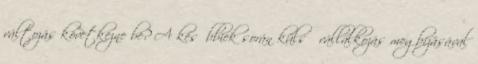
változás következne be? A későbbiek során külső vállalkozás megbízásával